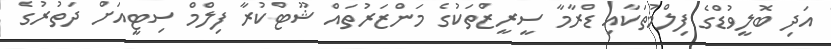
އަދި ބޮލީވުޑްގެ ފިލްމުތަކާއި ޑްރާމާ ސީރީޒްތަކުގެ މަންޒަރުތައް ޝޫޓްކުރާ ފިލްމް ސިޓީއަށް ދަތުރުގެ